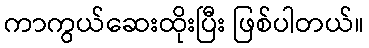
ကာကွယ်ဆေးထိုးပြီး ဖြစ်ပါတယ်။